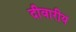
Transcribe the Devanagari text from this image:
दीवारीय